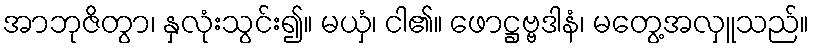
အာဘုဇိတွာ၊ နှလုံးသွင်း၍။ မယှံ၊ ငါ၏။ ဖောဋ္ဌဗ္ဗဒါနံ၊ မတွေ့အလှူသည်။